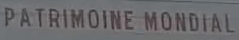
PATRIMOINE MONDIAL